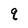
Character: q